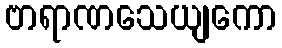
ဗာရာဏသေယျကော